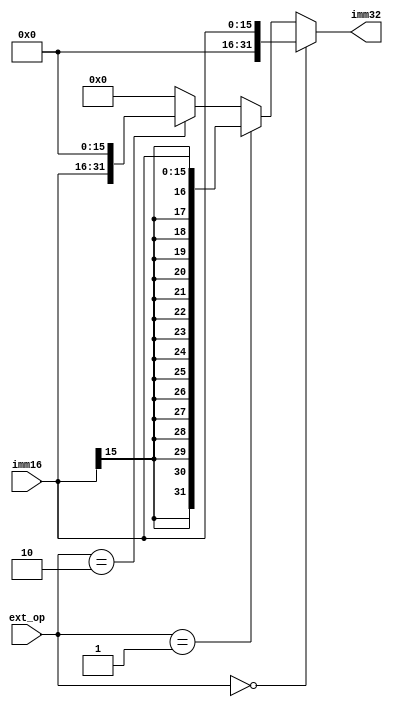
module EXT(
    input [2:0] ext_op,
    input [15:0] imm16,
    output [31:0] imm32
);
    assign imm32 =  (ext_op == 0) ? {16'b0, imm16} :
                    (ext_op == 1) ? {{16{imm16[15]}} , imm16} :
                    (ext_op == 2) ? {imm16, 16'b0} : 
                    0;

endmodule